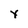
Character: Y